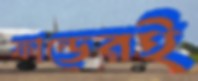
ফান্ডেরই